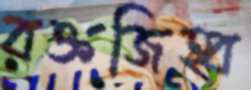
রক্তজিহ্ব